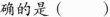
确的是()